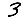
Digit: 3